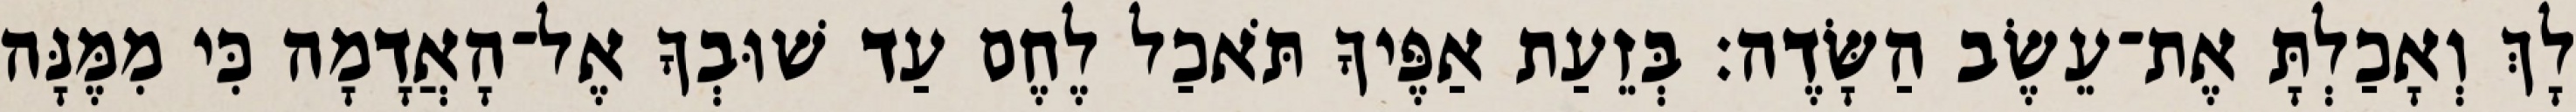
לָךְ וְאָכַלְתָּ אֶת־עֵשֶׂב הַשָּׂדֶה׃ בְּזֵעַת אַפֶּיךָ תֹּאכַל לֶחֶם עַד שׁוּבְךָ אֶל־הָאֲדָמָה כִּי מִמֶּנָּה